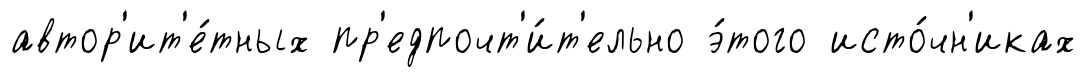
автор'ит'е́тных пр'едпочт'и́т'ельно э́того исто́чн'иках